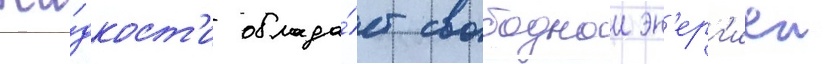
жи́дкост'и облада́ет свободнои эн'ерг'иеи